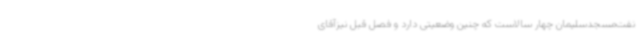
نفت‌مسجدسلیمان چهار سالاست که چنین وضعیتی دارد و فصل قبل نیزآقای